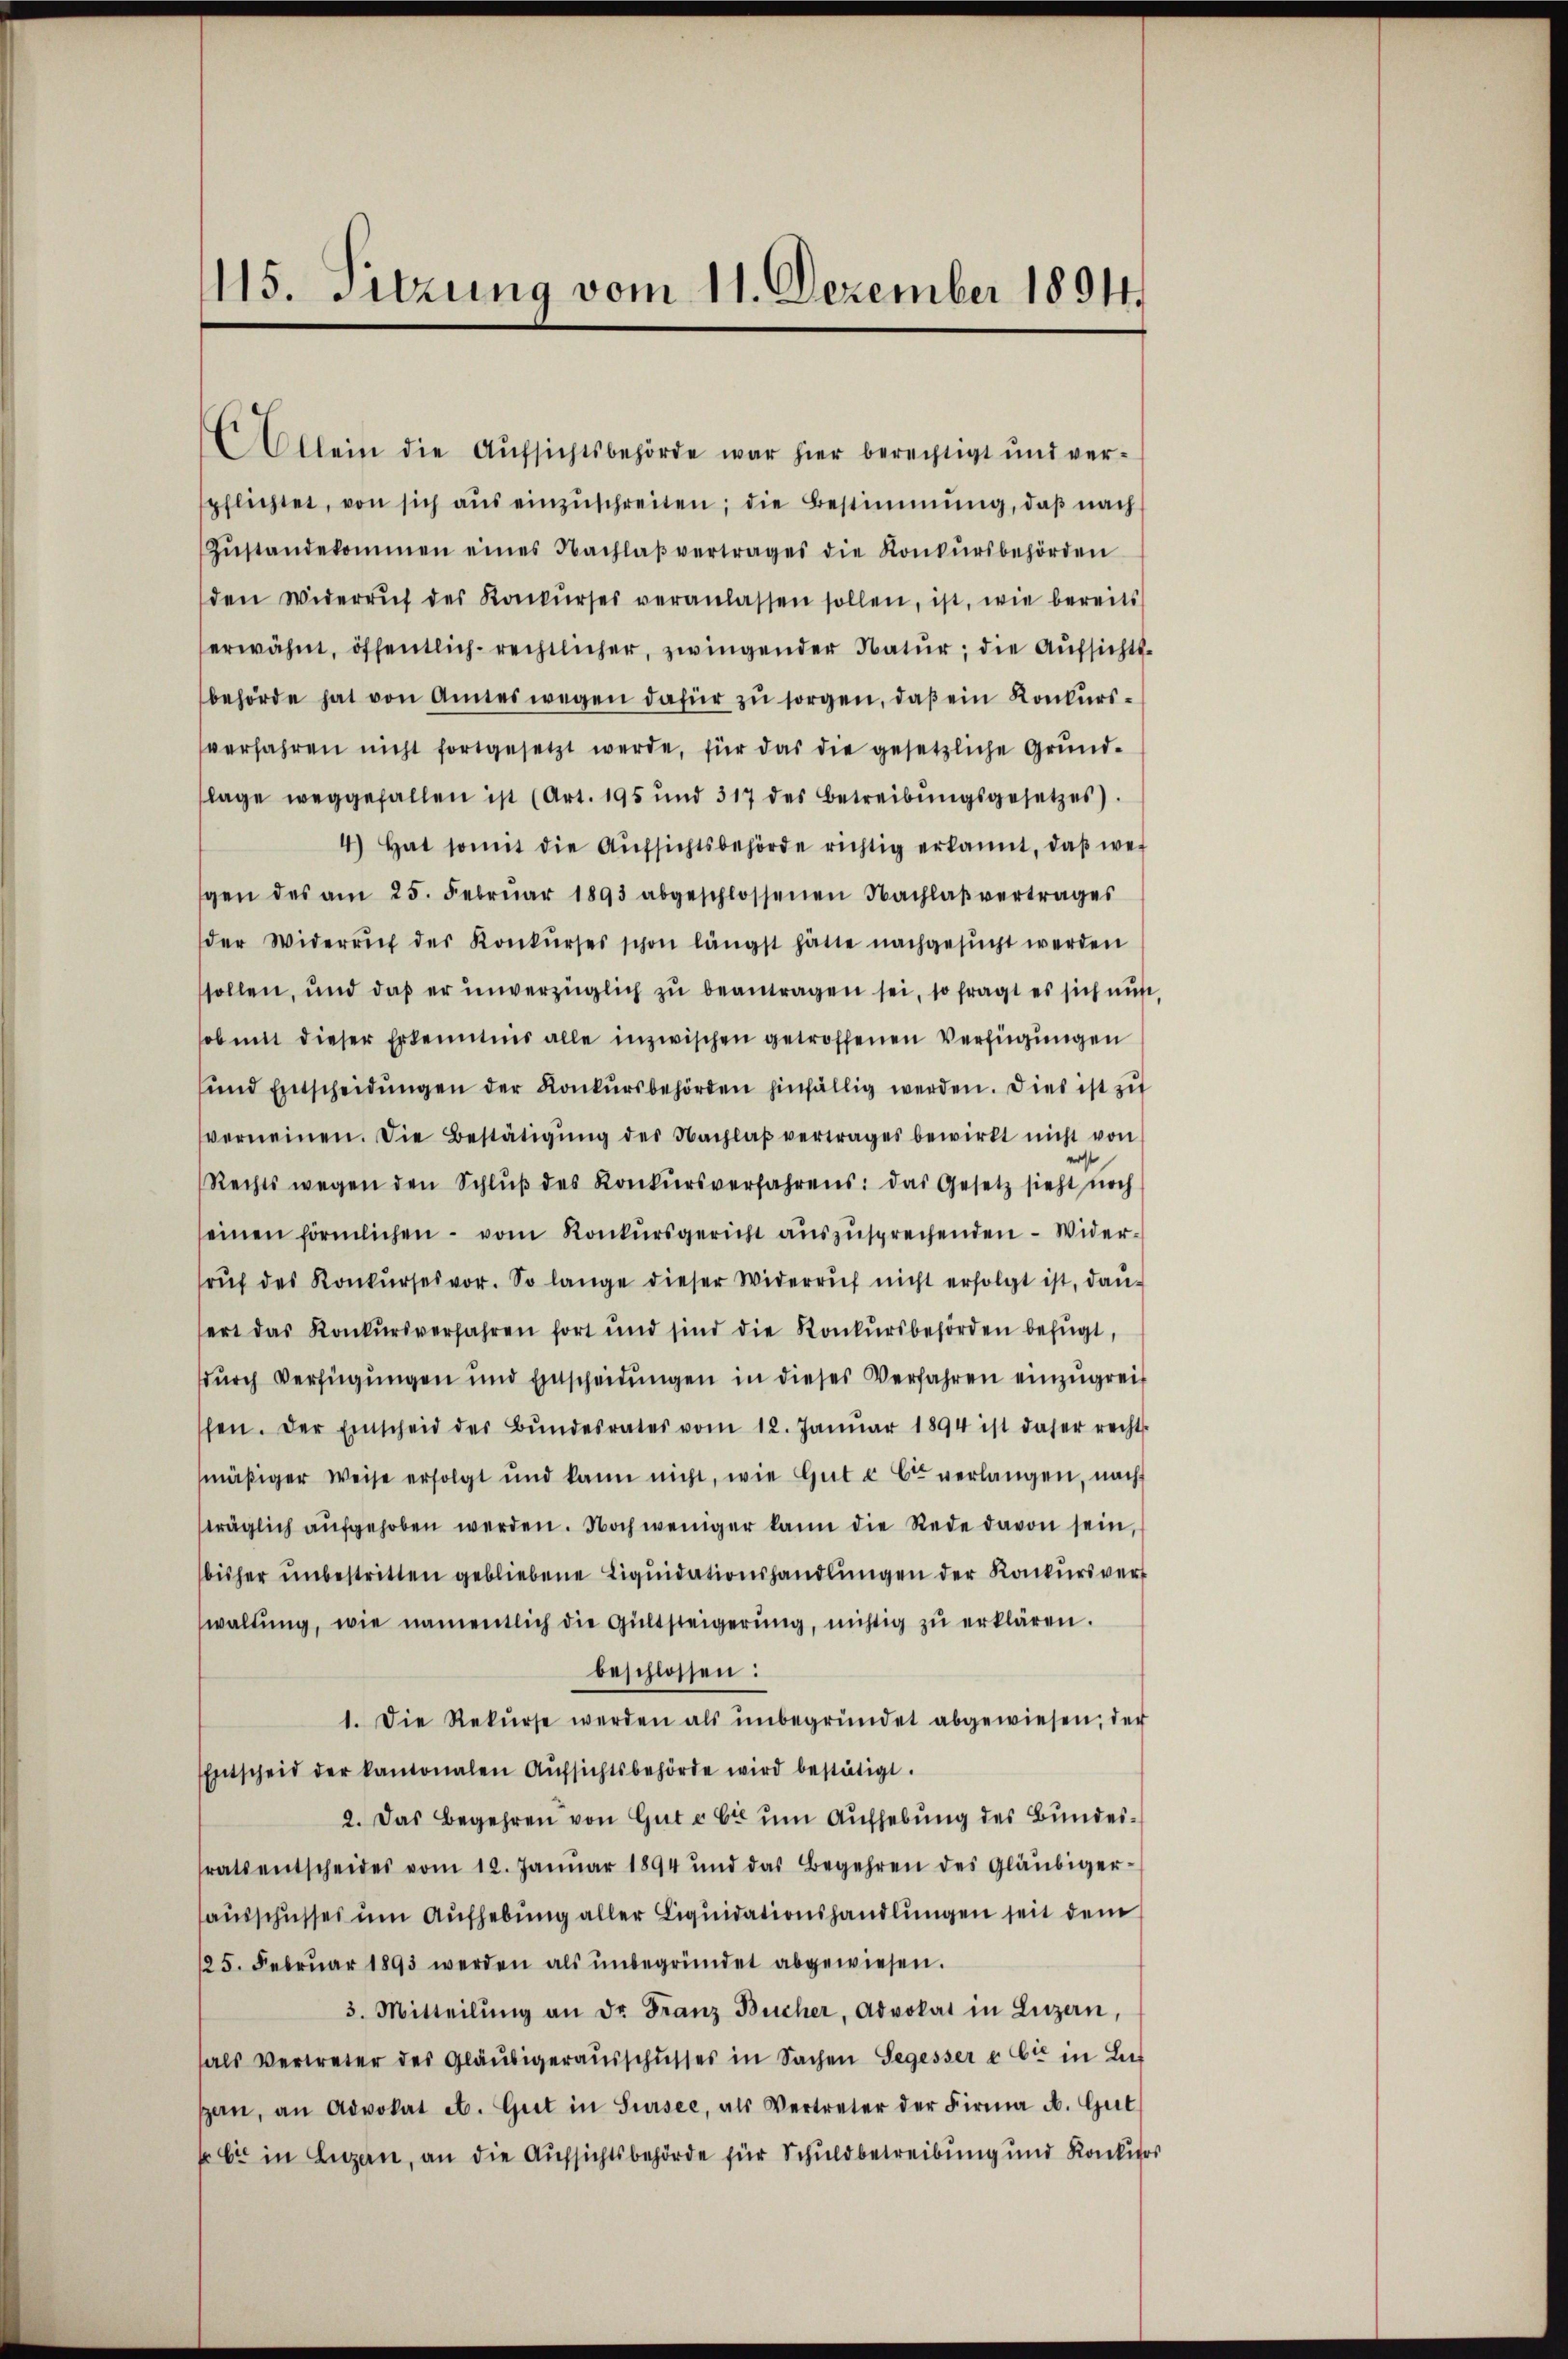
115. Sitzung vom 11. Dezember 1894

Allein die Aufsichtsbehörde war hier berechtigt und verspflichtet, von sich aŭs einzŭschreiten; die Bestimmung, daβ nach
Zŭstandekommen eines Nachlaβ vertrages die Konkŭrsbehörden
den Widerruf des Konkŭrses veranlassen sollen, ist, wie bereits
erwähnt, öffentlich-rechtlicher, zwingender Natur; die Aufsichtsbehörde hat von Amtes wegen dafür zu sorgen, daß ein Konkursverfahren nicht fortgesetzt werde, für das die gesetzliche Grŭnd-
lage weggefallen ist (Art. 195 und 317 des Betreibŭngsgesetzes).
4.) Hat somit die Aŭfsichtsbehörde richtig erkannt, daβ wei
gen des am 25. Febrŭar 1893 abgeschlossenen Nachlaβ vertrages
der Widerruf des Konkŭrses schon längst hätte nachgesŭcht werden
sollen, und daß er unverzüglich zu beantragen sei, so fragt es sich nur
ob mit dieser Erkenntnis alle inzwischen getroffenen Verfügungen
und Entscheidŭngen der Konkursbehörden hinfällig werden. Dies ist zu
verneinen. Die Bestätigŭng des Nachlaβ vertrages bewirkt nicht von
Rechts wegen den Schlŭβ des Konkursverfahrens: das Gesetz sieht noch
seinen förmlichen - vom Konkursgericht auszusprechenden - Widerrŭf des Konkŭrses vor. So lange dieser Widerruf nicht erfolgt ist, dan-
ert das Konkursverfahren fort und sind die Konkursbehörden befugt,
durch Verfügungen und Einscheidŭngen in dieses Verfahren einzugreif
hen. Der Einscheid der Bŭndesrates vom 12. Janŭar 1894 ist daher recht-
mäβiger Weise erfolgt und kann nicht, wie Gŭt u Ct verlangen, nach
träglich aufgehoben werden. Noch weniger kann die Rede davon sein,
bisher unbestritten gebliebene Liquidationshandlungen der Konkursver
waltŭng, wie namentlich die Gültsteigerŭng, nichtig zŭ erklären.
beschlossen:
1. Die Rekŭrse werden als ŭnbegründet abgewiesen, der
Entscheid der kantonalen Aŭfsichtsbehörde wird bestätigt.
2. Das Begehren von Gute 62 um Aufhebung des Bundestrats entscheides vom 12. Januar 1894 und das Begehren des Gläubiger-
ausschusses um Aufhebung aller Liquidationshandlungen seit dem
125. Febrŭar 1893 werden als ŭnbegründet abgewiesen.
3. Mitteilŭng an dr. Franz Bücher, Advokat in Luzern,
als Vertreter des Gläubigeraŭsschusses in Sachen Segesser & Cie in Lut
gern, an Advokat et. Giet in Sursee, als Vertreter der Firma A. Gut
 bi in Luzern, an die Aufsichtsbehörde für Schuldbetreibung und Konkurs